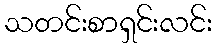
သတင်းစာရှင်းလင်း